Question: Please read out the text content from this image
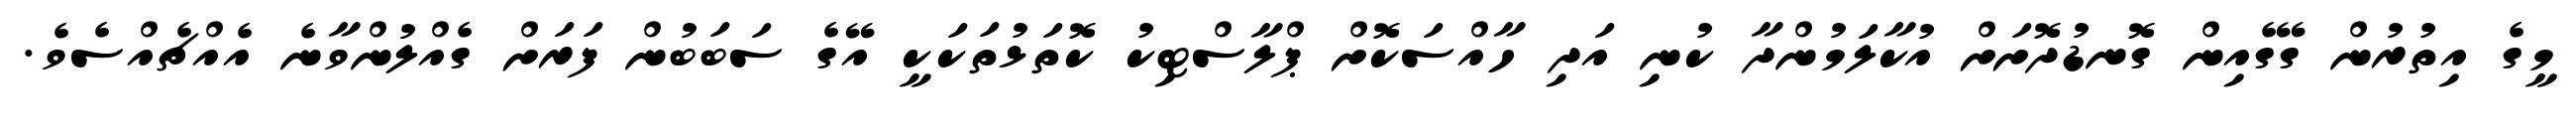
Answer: މީގެ އިތުރުން ގޭގެއިން ގޮނޑުދޮށަށް އުކާލަމުންދާ ކުނި އަދި ހާއްސަކޮށް ޕްލާސްޓިކު ކޮތަޅުތަކަކީ އޭގެ ސަބަބުން ފަރަށް ގެއްލުންވާނެ އެއްޗެއްސެވެ.